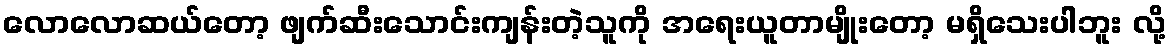
လောလောဆယ်တော့ ဖျက်ဆီးသောင်းကျန်းတဲ့သူကို အရေးယူတာမျိုးတော့ မရှိသေးပါဘူး လို့